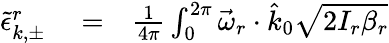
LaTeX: \begin{array}{rlr}{\tilde{\epsilon}_{k,\pm}^{r}}&{{}=}&{\frac{1}{4\pi}\int_{0}^{2\pi}\vec{\omega}_{r}\cdot\hat{k}_{0}\sqrt{2I_{r}\beta_{r}}}\end{array}